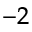
^ { - 2 }